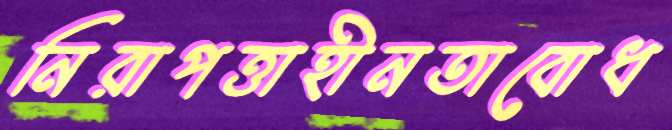
নিরাপত্তাহীনতাবোধ